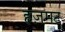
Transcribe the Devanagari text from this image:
हज़मट